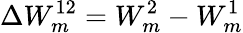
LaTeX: \Delta W_{m}^{12}=W_{m}^{2}-W_{m}^{1}